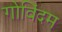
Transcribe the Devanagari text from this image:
गोविंदम